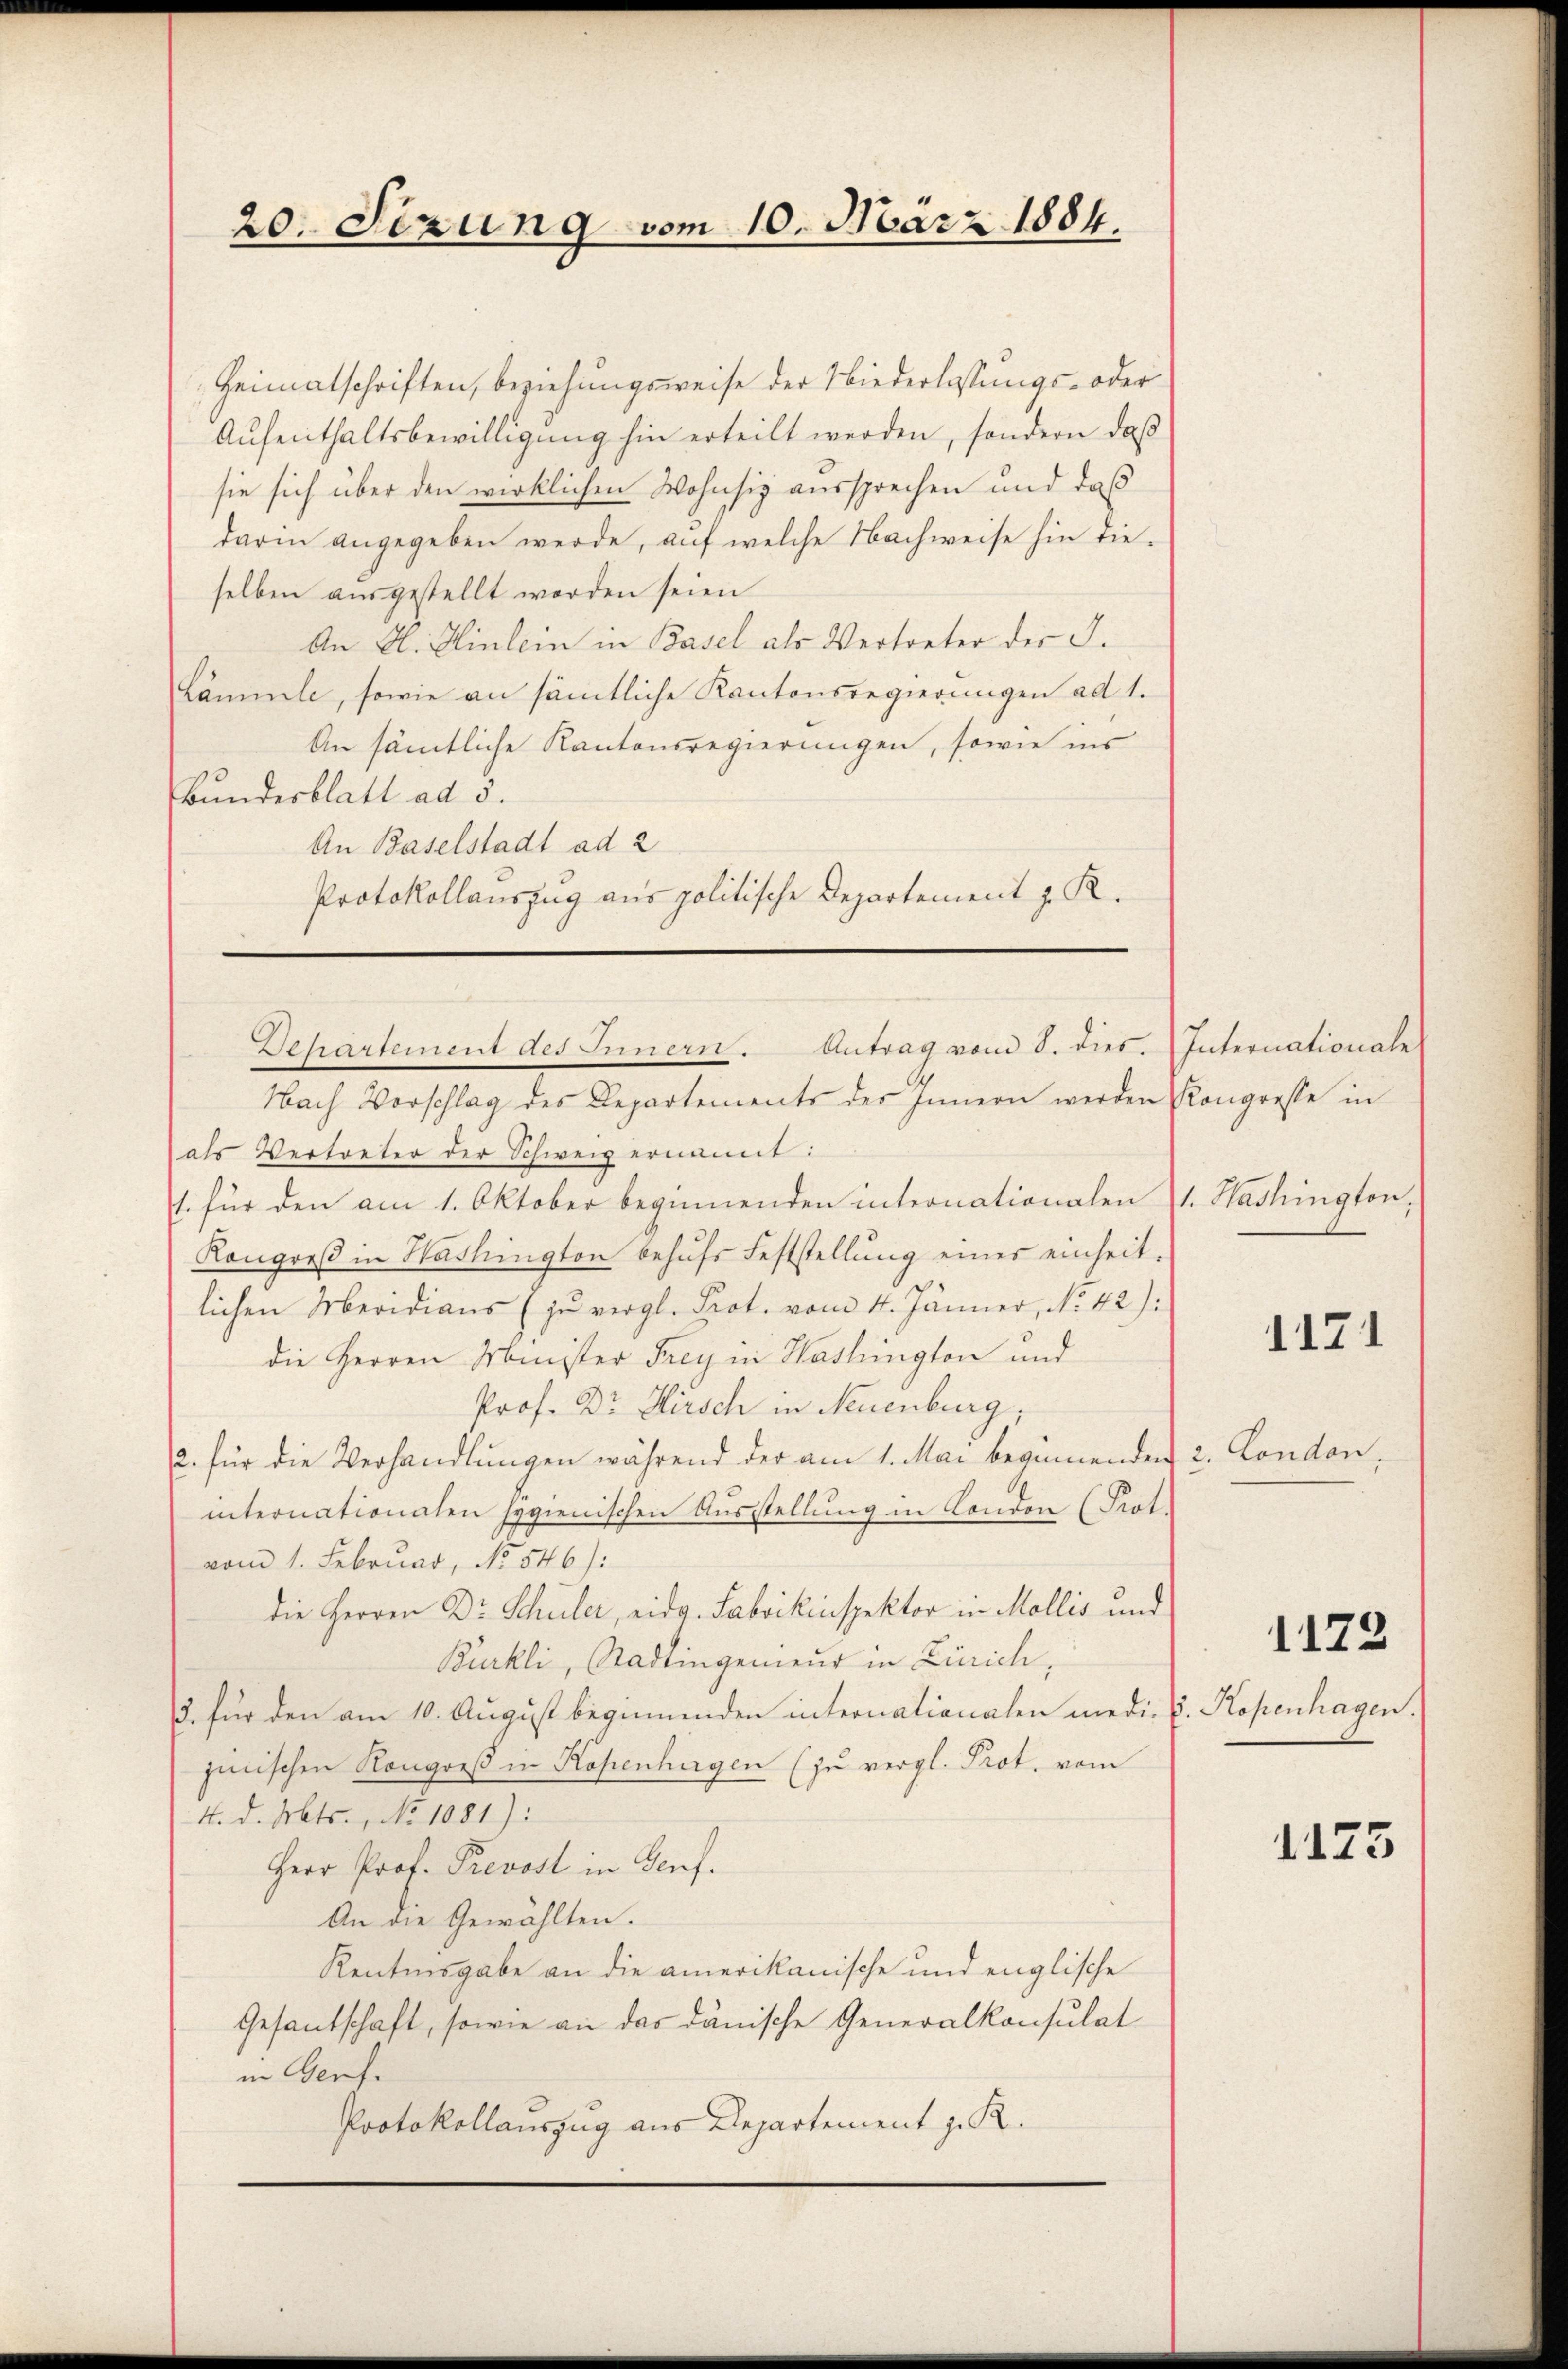
20. Sizung vom 10. März 1884.

Heimatschriften, beziehungsweise der Niederlassungs- oder
Aŭfenthaltsbewilligŭng hin erteilt werden, sondern daß
sie sich über den wirklichen Wohnsiz aussprechen und daß
darin angegeben werde, auf welche Nachweise hin dieselben ausgestellt worden seien
An A. Hinlein in Basel als Vertreter der S.
Lämmle, sowie an sämtliche Kantonsregierungen ad 1.
An sämtliche Kantonsregierungen, sowie ins
Bundesblatt ad 5.
An Baselstadt ad 2
Protokollauszug aus politische Departement z. R.

Nach Vorschlag des Departements des Innern werden Kongresse in
als Vertreter der Schweiz ernannt:
1. für den am 1. Oktober beginnenden internationalen 1. Washington,
Kongreß in Washington behufs Feststellung eines einheit.
lichen Meridians (zu vergl. Prot. vom 4. Jänner, No 42):
die Herren Minister Frey in Washington und
Prof. Dr Hirsch in Neuenburg,
2. für die Verhandlungen während der am 1. Mai beginnenden 2. London,
internationalen hygienischen Ausstellung in London (Prot.
vom 1. Februar, No. 546):
die Herren Dr. Schuler, eidg. Fabrikinspektor in Mollis und
Bürkli, Stadlingenieur in Zürich,
3. für den am 10. August beginnenden internationalen medi. V. Kopenhagen.
jinischen Kongreß in Kopenhagen (zu vergl. Prot. vom
4. d. Mts., No 1081):
Herr Prof. Prevost in Genf.
An die Gewählten.
Kentnnsgabe an die amerikanische und englische
Gesantschaft, sowie an das dänische Generalkonsulat
in Genf.
Protokollauszug aus Departement z. R.

Departement des Innern. Antrag vom 8. dies. Internationale

1171

1122

1175